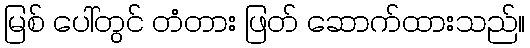
မြစ် ပေါ်တွင် တံတား ဖြတ် ဆောက်ထားသည်။